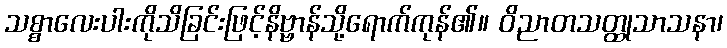
သစ္စာလေးပါးကိုသိခြင်းဖြင့်နိဗ္ဗာန်သို့ရောက်ကုန်၏။ ဝိညာတသတ္ထုသာသနာ၊